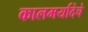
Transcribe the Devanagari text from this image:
कालमर्यादेचे